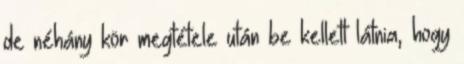
de néhány kör megtétele után be kellett látnia, hogy